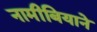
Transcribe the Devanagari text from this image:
नामीबियाने